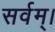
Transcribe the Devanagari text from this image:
सर्वम्।